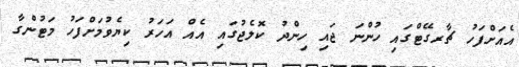
އެއަށްފަހު ޗާރގޭޓްގައި ހުންނަ ޖައި ހިންދު ކޮލެޖުގައި އެއް އަހަރު ކިޔެވުމަށްފަހު މަޓުންގާ